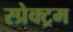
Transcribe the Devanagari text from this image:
स्प्रेक्ट्रम